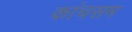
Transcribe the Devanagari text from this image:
कांचसम